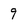
Character: 9